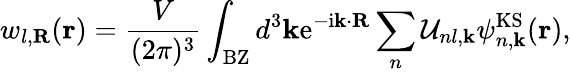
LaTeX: w_{l,{\mathbf R}}({\mathbf r})=\frac{V}{(2\pi)^{3}}\int_{\mathrm{BZ}}d^{3}{\mathbf k}\mathrm{e}^{-\mathrm{i}{\mathbf k}\cdot{\mathbf R}}\sum_{n}\mathcal{U}_{nl,{\mathbf k}}\psi_{n,{\mathbf k}}^{\mathrm{KS}}({\mathbf r}),